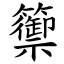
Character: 籞